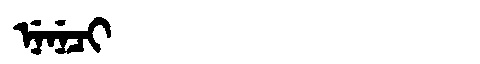
Manchu: ᠨᡝᠨᡝᠴᡳ
Romanization: NENECI